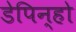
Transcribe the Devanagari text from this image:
डेपिन्हो